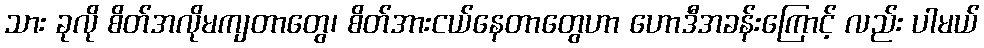
သား ခုလို စိတ်အလိုမကျတာတွေ၊ စိတ်အားငယ်နေတာတွေဟာ ဟောဒီအခန်းကြောင့် လည်း ပါမယ်